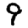
Digit: 9